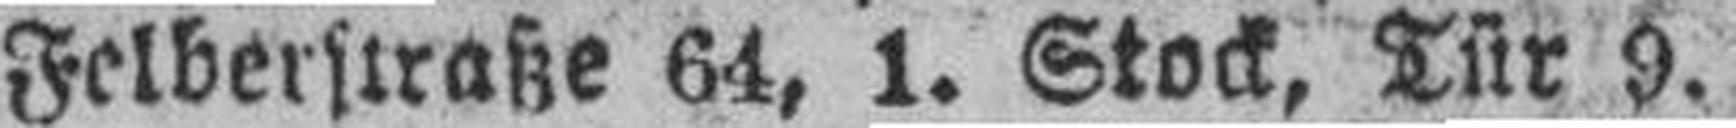
Felberstraße 64, 1. Stock, Tür 9.